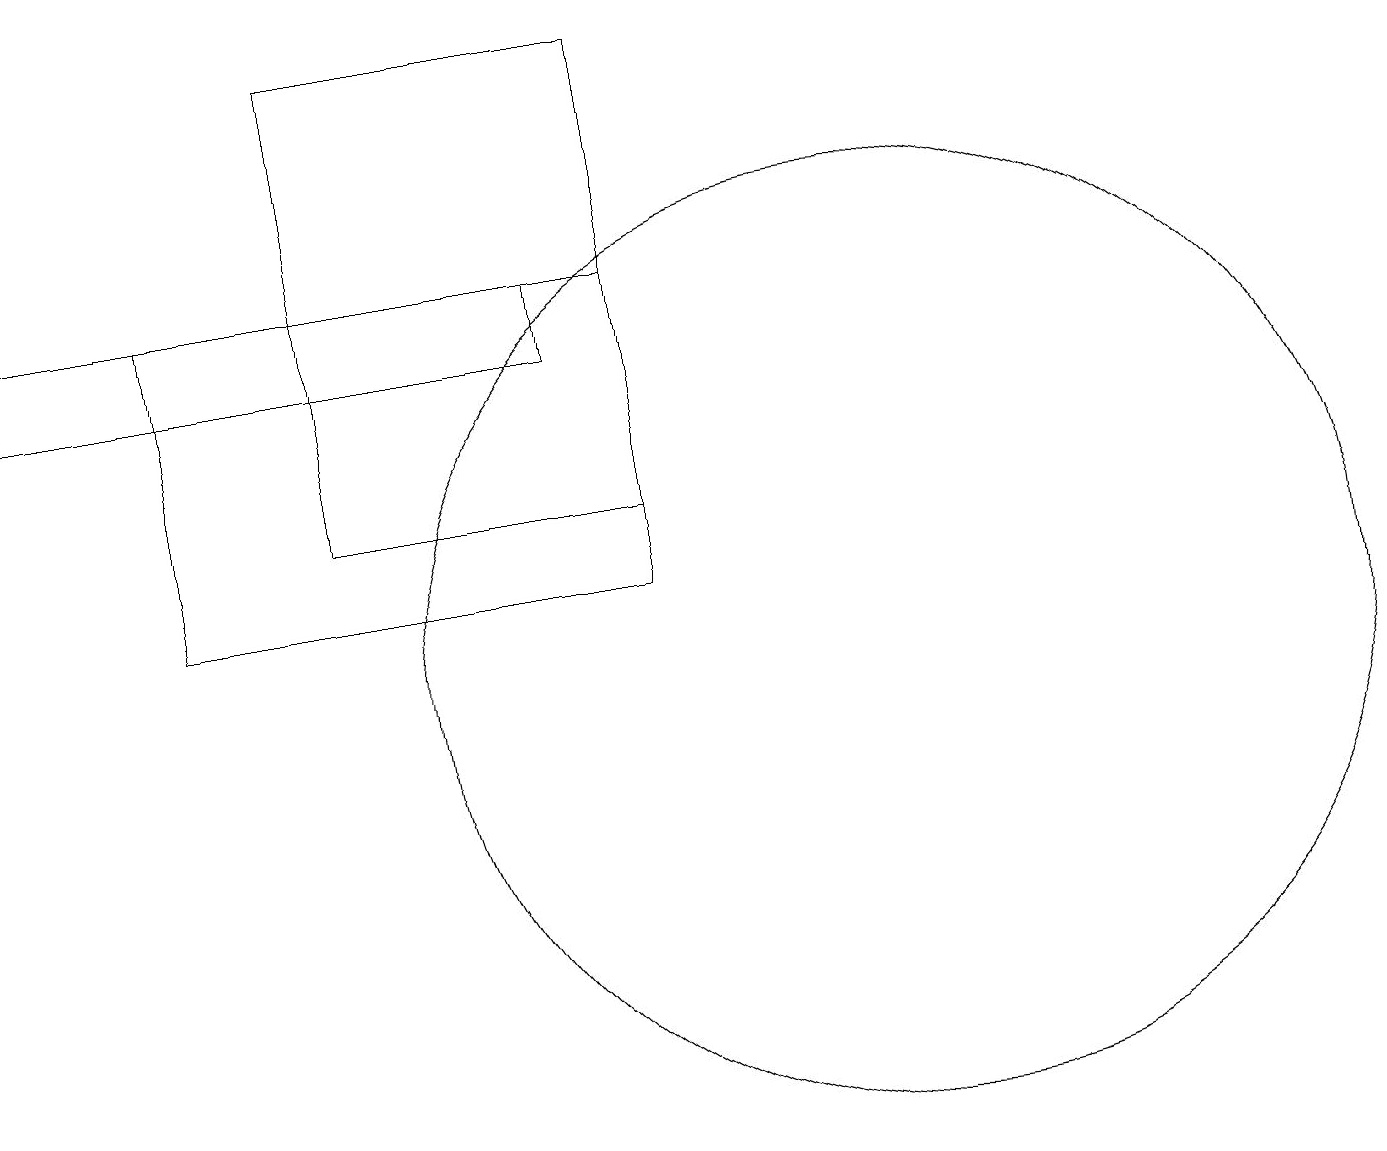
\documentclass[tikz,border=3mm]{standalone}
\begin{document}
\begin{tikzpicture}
\draw (8,15) rectangle (2,11);
\draw (0,14) rectangle (7,15);
\draw (8,18) rectangle (4,12);
\draw (10,11) circle (0);
\draw (11,10) circle (6);
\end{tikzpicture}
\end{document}